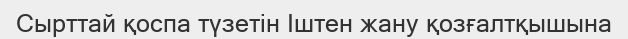
Сырттай қоспа түзетін Іштен жану қозғалтқышына